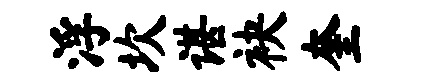
浮坎谌袂奎